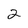
Character: 2